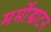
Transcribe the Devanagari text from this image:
मर्मोद्घाटन